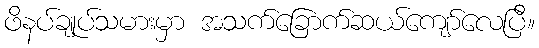
ဖိနပ်ချုပ်သမားမှာ အသက်ခြောက်ဆယ်ကျော်လေပြီ။